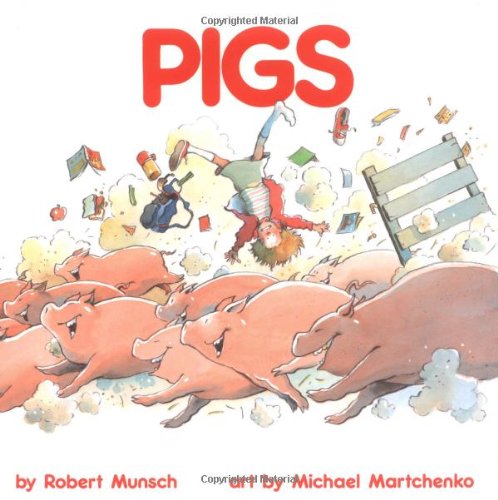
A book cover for Pigs (Classic Munsch); Robert Munsch; Children's Books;